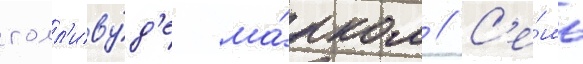
голл'иву́д'е ма́рком // С'е́мь